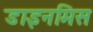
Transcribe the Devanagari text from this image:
डाइनमिस